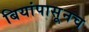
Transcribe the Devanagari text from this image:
बियांपासूनच